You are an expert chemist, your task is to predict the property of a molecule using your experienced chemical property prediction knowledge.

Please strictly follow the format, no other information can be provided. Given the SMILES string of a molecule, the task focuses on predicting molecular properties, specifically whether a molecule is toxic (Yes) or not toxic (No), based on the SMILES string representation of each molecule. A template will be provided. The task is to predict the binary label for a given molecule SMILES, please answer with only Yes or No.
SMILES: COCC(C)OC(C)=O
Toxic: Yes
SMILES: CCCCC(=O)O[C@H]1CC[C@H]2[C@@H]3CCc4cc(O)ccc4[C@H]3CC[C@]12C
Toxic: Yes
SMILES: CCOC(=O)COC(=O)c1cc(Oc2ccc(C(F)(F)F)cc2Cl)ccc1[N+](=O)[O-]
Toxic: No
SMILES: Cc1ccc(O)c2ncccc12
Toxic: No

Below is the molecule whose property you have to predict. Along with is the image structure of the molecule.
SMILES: CCCCCCCCCCCl
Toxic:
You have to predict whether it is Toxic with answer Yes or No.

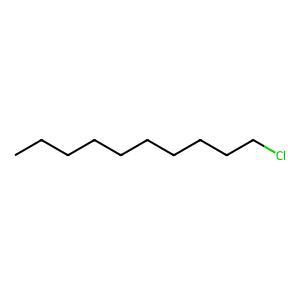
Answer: No